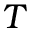
T